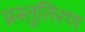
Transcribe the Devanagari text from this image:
प्रस्तुतिरण